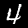
Digit: 4